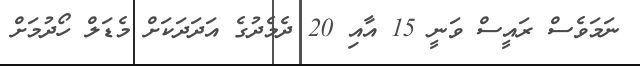
ނަމަވެސް ރައީސް ވަނީ 15 އާއި 20 ދެމެދުގެ އަދަދަކަށް މެޑަލް ހޯދުމަށް